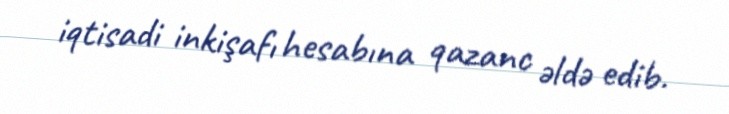
iqtisadi inkişafı hesabına qazanc əldə edib.